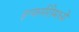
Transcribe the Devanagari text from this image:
इन्फर्मरीमध्ये